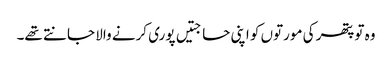
وہ تو پتھر کی مورتوں کو اپنی حاجتیں پوری کرنے والا جانتے تھے۔